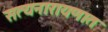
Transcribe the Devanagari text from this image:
सत्यनारायणात